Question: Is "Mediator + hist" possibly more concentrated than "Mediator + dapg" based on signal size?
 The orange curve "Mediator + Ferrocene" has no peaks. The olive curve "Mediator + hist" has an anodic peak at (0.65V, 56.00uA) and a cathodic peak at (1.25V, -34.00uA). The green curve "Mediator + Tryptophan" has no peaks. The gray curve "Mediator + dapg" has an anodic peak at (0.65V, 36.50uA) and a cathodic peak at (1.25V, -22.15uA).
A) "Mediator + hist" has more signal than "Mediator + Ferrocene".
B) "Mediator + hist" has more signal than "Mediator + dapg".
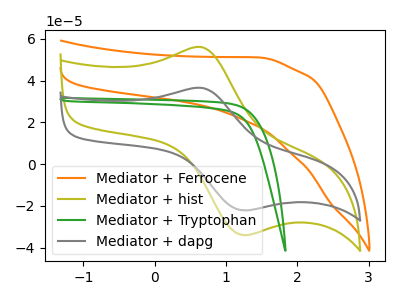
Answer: <think>All the peaks in "Mediator + hist" have a peak in "Mediator + dapg" at the same potential. Every peak in "Mediator + hist" is higher than every peak in "Mediator + dapg".
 </think>
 <answer>B) "Mediator + hist" has more signal than "Mediator + dapg".</answer>
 <eval>B</eval>